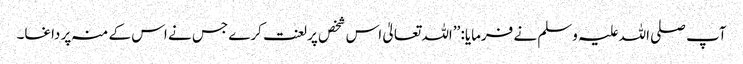
آپ صلی اللہ علیہ وسلم نے فرمایا: ’’اللہ تعالیٰ اس شخص پر لعنت کرے جس نے اس کے منہ پر داغا۔